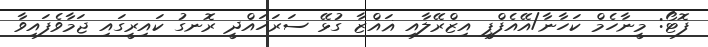
ފޮޓޯ: މީނާހެމް ކަހާނާ/އޭއެފްޕީ އިޒްރޭލާއި ޣައްޒާ ގުޅޭ ސަރަހައްދީ ރޮނގު ކައިރީގައި ޖަމާވެފައިވާ